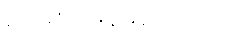
စဉ်းစား နေမိလေသည်။